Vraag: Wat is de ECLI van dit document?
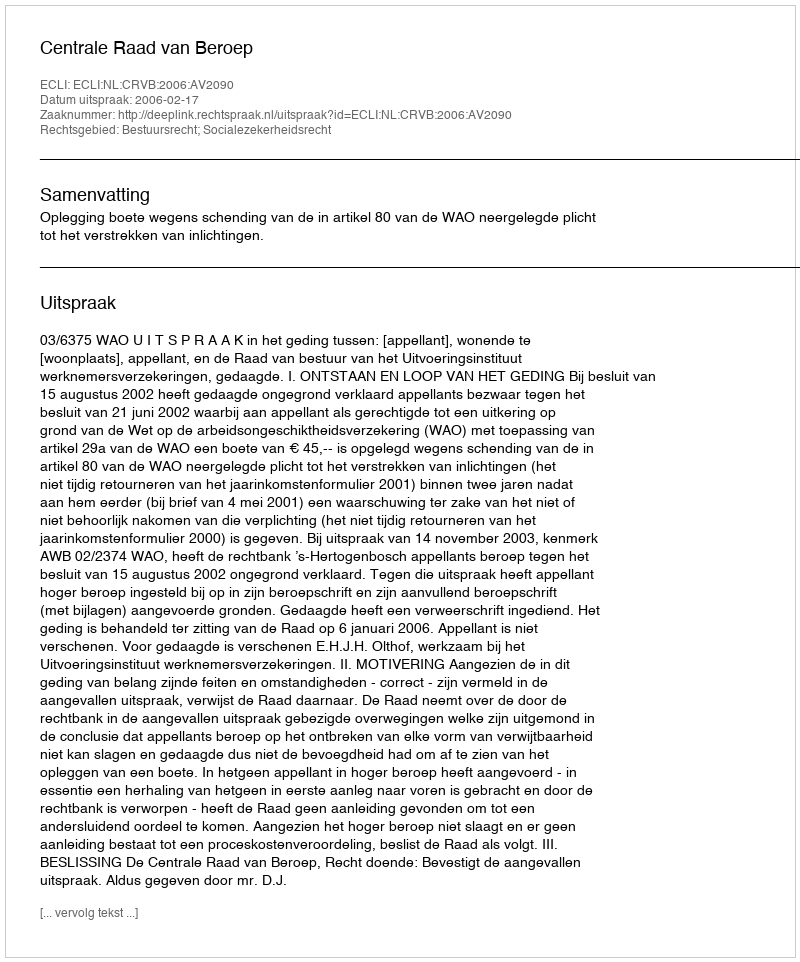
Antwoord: ECLI:NL:CRVB:2006:AV2090